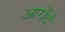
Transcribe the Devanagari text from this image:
आरोंदे